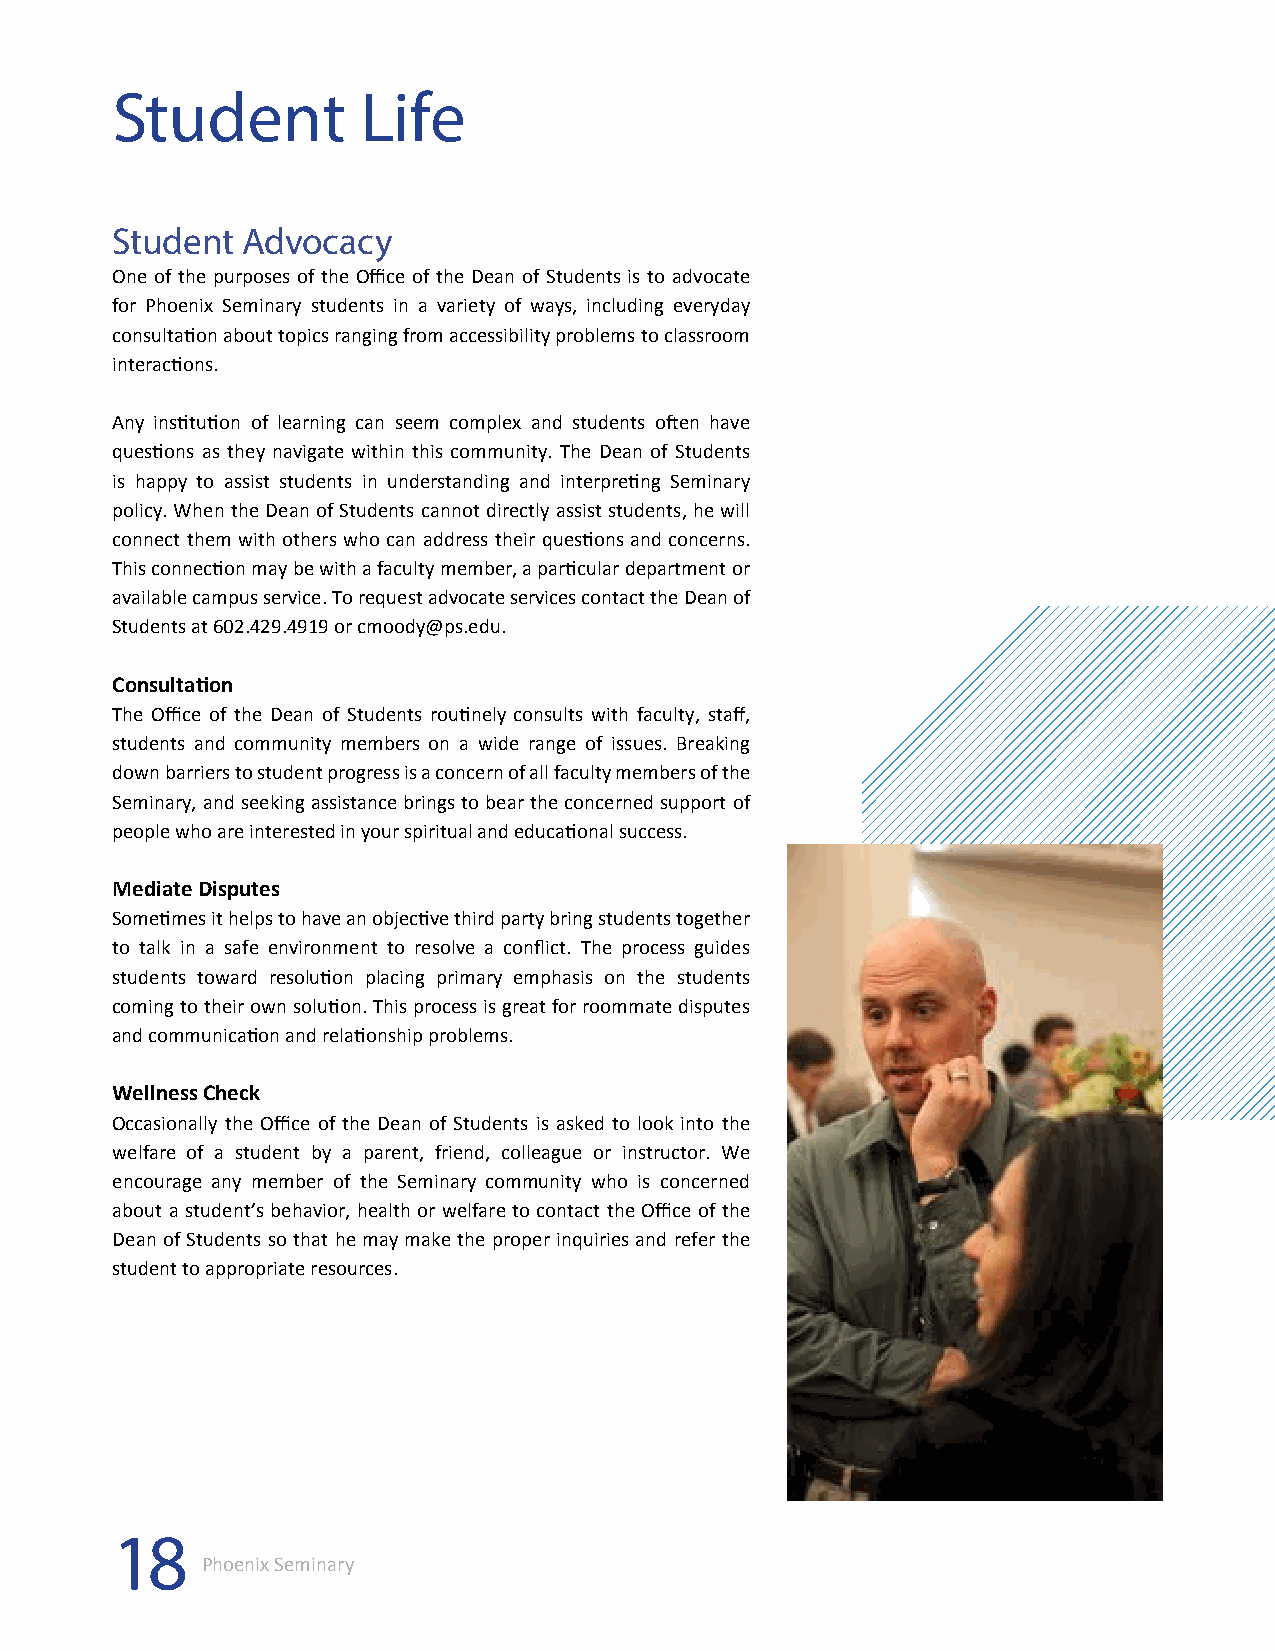
Student          Life
 Student  Advocacy
 One of the purposes of the Office of the Dean of Students is to advocate
 for Phoenix Seminary students in a variety of ways, including everyday
 consultation about topics ranging from accessibility problems to classroom
 interactions.
 Any institution of learning can seem complex and students often have
 questions as they navigate within this community. The Dean of Students
 is happy to assist students in understanding and interpreting Seminary
 policy. When the Dean of Students cannot directly assist students, he will
 connect them with others who can address their questions and concerns.
 This connection may be with a faculty member, a particular department or
 available campus service. To request advocate services contact the Dean of
 Students at 602.429.4919 or cmoody@ps.edu.
 Consultation
 The Office of the Dean of Students routinely consults with faculty, staff,
 students and community members on a wide range of issues. Breaking
 down barriers to student progress is a concern of all faculty members of the
 Seminary, and seeking assistance brings to bear the concerned support of
 people who are interested in your spiritual and educational success.
 Mediate Disputes
 Sometimes it helps to have an objective third party bring students together
 to talk in a safe environment to resolve a conflict. The process guides
 students toward resolution placing primary emphasis on the students
 coming to their own solution. This process is great for roommate disputes
 and communication and relationship problems.
 Wellness Check
 Occasionally the Office of the Dean of Students is asked to look into the
 welfare of a student by a parent, friend, colleague or instructor. We
 encourage any member of the Seminary community who is concerned
 about a student’s behavior, health or welfare to contact the Office of the
 Dean of Students so that he may make the proper inquiries and refer the
 student to appropriate resources.
 18
 Phoenix Seminary